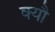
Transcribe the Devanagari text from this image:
क्यौ